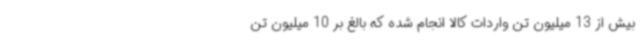
بیش از 13 میلیون تن واردات کالا انجام شده که بالغ بر 10 میلیون تن